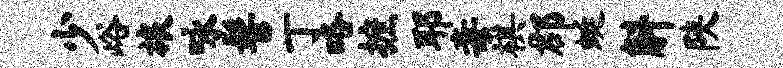
少峪旅咏髻丁咯摭耶毒棋郡蜓斛陕